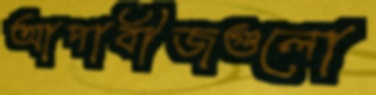
আদাবীজগুলো